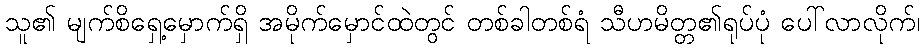
သူ၏ မျက်စိရှေ့မှောက်ရှိ အမိုက်မှောင်ထဲတွင် တစ်ခါတစ်ရံ သီဟမိတ္တ၏ရုပ်ပုံ ပေါ်လာလိုက်၊